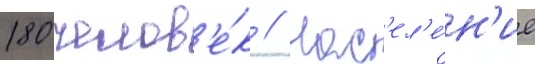
180 челов'е́к // Нас'ел'е́н'ие